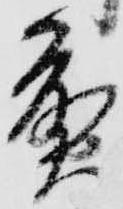
煎